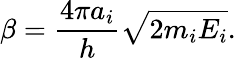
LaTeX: \beta=\frac{4\pi a_{i}}{h}\sqrt{2m_{i}E_{i}}.